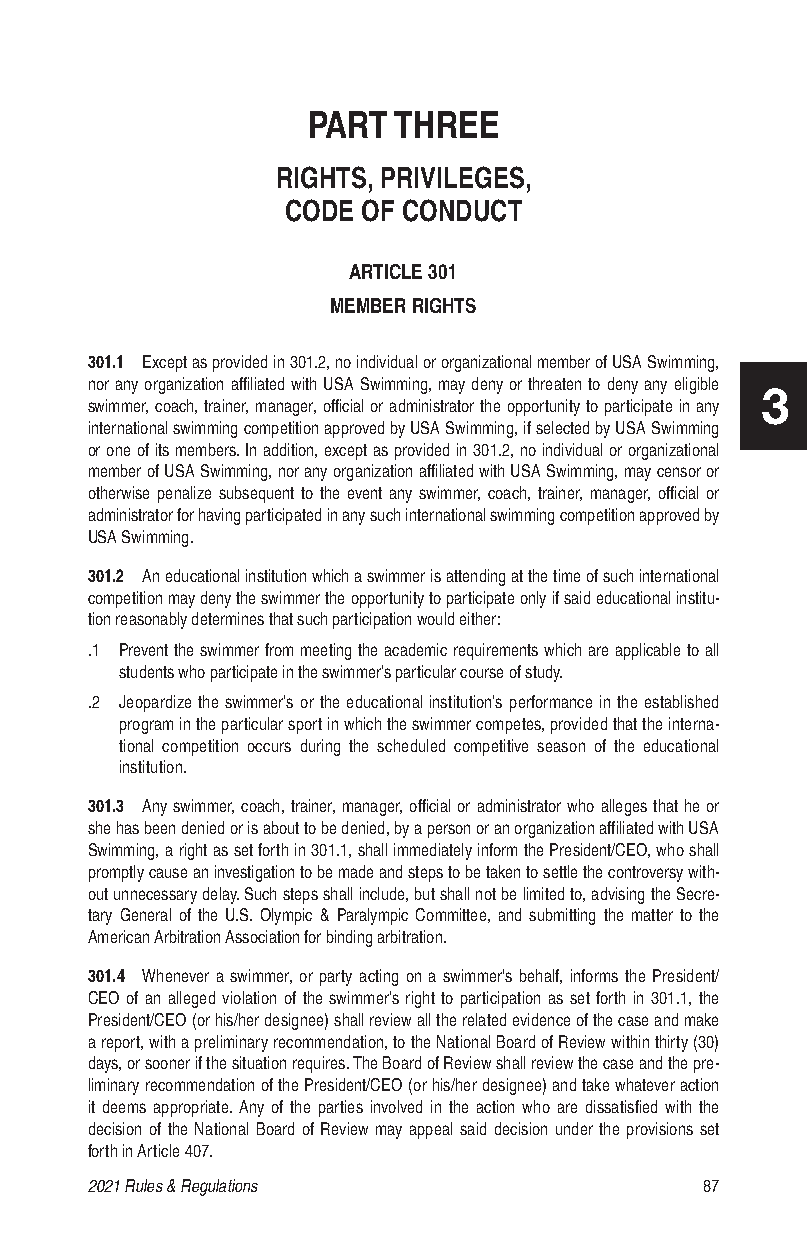
PART  THREE
 RIGHTS, PRIVILEGES,
 CODE OF CONDUCT
 ARTICLE 301
 MEMBER RIGHTS
 301.1 Except as provided in 301.2, no individual or organizational member of USA Swimming,
 nor any organization affiliated with USA Swimming, may deny or threaten to deny any eligible
 3
 swimmer, coach, trainer, manager, official or administrator the opportunity to participate in any
 international swimming competition approved by USA Swimming, if selected by USA Swimming
 or one of its members. In addition, except as provided in 301.2, no individual or organizational
 member of USA Swimming, nor any organization affiliated with USA Swimming, may censor or
 otherwise penalize subsequent to the event any swimmer, coach, trainer, manager, official or
 administrator for having participated in any such international swimming competition approved by
 USA Swimming.
 301.2 An educational institution which a swimmer is attending at the time of such international
 competition may deny the swimmer the opportunity to participate only if said educational institu-
 tion reasonably determines that such participation would either:
 .1 Prevent the swimmer from meeting the academic requirements which are applicable to all
 students who participate in the swimmer’s particular course of study.
 .2 Jeopardize the swimmer’s or the educational institution’s performance in the established
 program in the particular sport in which the swimmer competes, provided that the interna-
 tional competition occurs during the scheduled competitive season of the educational
 institution.
 301.3 Any swimmer, coach, trainer, manager, official or administrator who alleges that he or
 she has been denied or is about to be denied, by a person or an organization affiliated with USA
 Swimming, a right as set forth in 301.1, shall immediately inform the President/CEO, who shall
 promptly cause an investigation to be made and steps to be taken to settle the controversy with-
 out unnecessary delay. Such steps shall include, but shall not be limited to, advising the Secre-
 tary General of the U.S. Olympic & Paralympic Committee, and submitting the matter to the
 American Arbitration Association for binding arbitration.
 301.4 Whenever a swimmer, or party acting on a swimmer's behalf, informs the President/
 CEO of an alleged violation of the swimmer’s right to participation as set forth in 301.1, the
 President/CEO (or his/her designee) shall review all the related evidence of the case and make
 a report, with a preliminary recommendation, to the National Board of Review within thirty (30)
 days, or sooner if the situation requires. The Board of Review shall review the case and the pre-
 liminary recommendation of the President/CEO (or his/her designee) and take whatever action
 it deems appropriate. Any of the parties involved in the action who are dissatisfied with the
 decision of the National Board of Review may appeal said decision under the provisions set
 forth in Article 407.
 2021 Rules & Regulations                 87